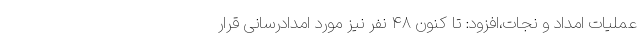
عملیات امداد و نجات،افزود: تا کنون ۴۸ نفر نیز مورد امدادرسانی قرار